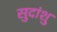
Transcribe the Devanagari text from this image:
सुदांशु